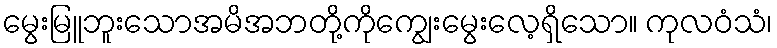
မွေးမြူဘူးသောအမိအဘတို့ကိုကျွေးမွေးလေ့ရှိသော။ ကုလဝံသံ၊